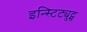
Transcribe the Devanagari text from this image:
इन्स्टिट्युट्स